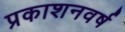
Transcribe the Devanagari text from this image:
प्रकाशनवर्ष